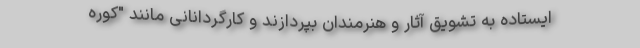
ایستاده به تشویق آثار و هنرمندان بپردازند و کارگردانانی مانند "کوره